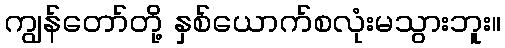
ကျွန်တော်တို့ နှစ်ယောက်စလုံးမသွားဘူး။